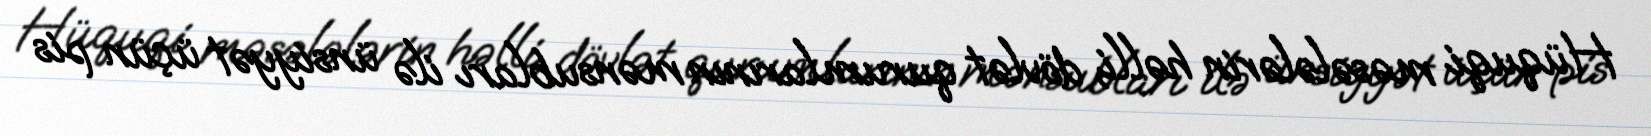
Hüquqi məsələlərin həlli, dövlət qurumlarının mənsubları ilə ünsiyyət üçün pis